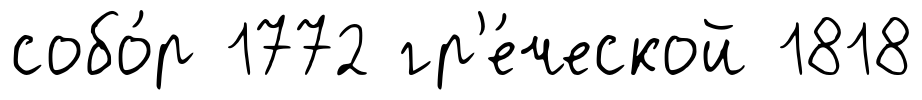
собо́р 1772 гр'е́ческой 1818